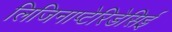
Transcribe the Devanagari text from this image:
लिजिनाप्टेरिडेसिई